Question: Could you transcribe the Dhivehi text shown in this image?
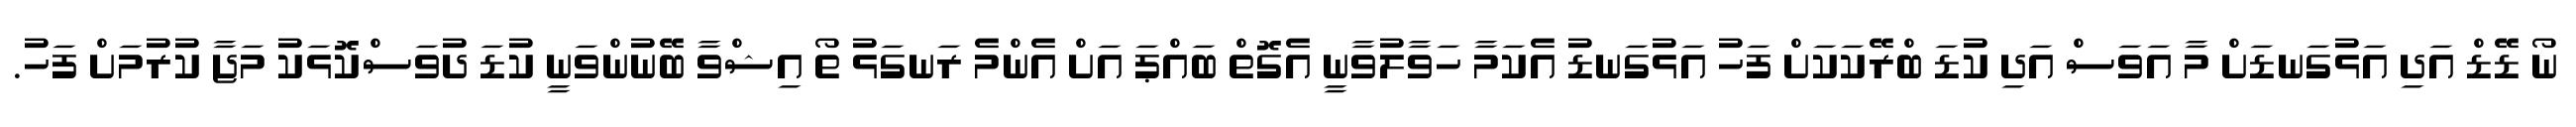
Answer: ނޯ ޑޭޑް އަދި އަޅުގަނޑަށް މާ އަވަސް އަދި ކުޑަ ބްރޭކަކަށް ފަހު އަޅުގަނޑު އެކަމާ ހަވާލުވާނީ އެގޮތް ބައްޕަ އަށް އެންމެ ރަނގަޅު ތޯ އިޝްވާ ބޭނުންވަނީ ކުޑަ ދުވަސްކޮޅަކު މަޖާ ކުރުމަށް ފަހު.